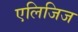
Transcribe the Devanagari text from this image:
एलिजिज